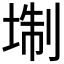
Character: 𡍘